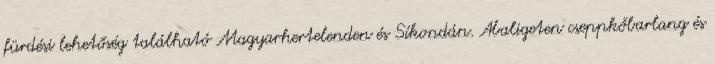
fürdési lehetőség található Magyarhertelenden és Síkondán. Abaligeten cseppkőbarlang és